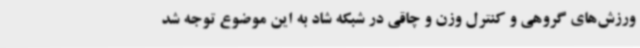
ورزش‌های گروهی و کنترل وزن و چاقی در شبکه شاد به این موضوع توجه شد